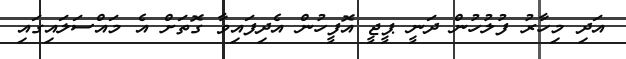
އަދި މިހާރު ފުލުހުން ދަނީ ޕީޖީ އޮފީހުން އެދިފައިވާ ގޮތަށް އެ މައްސަލައިގައި